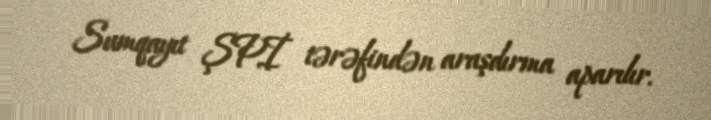
Sumqayıt ŞPİ tərəfindən araşdırma aparılır.